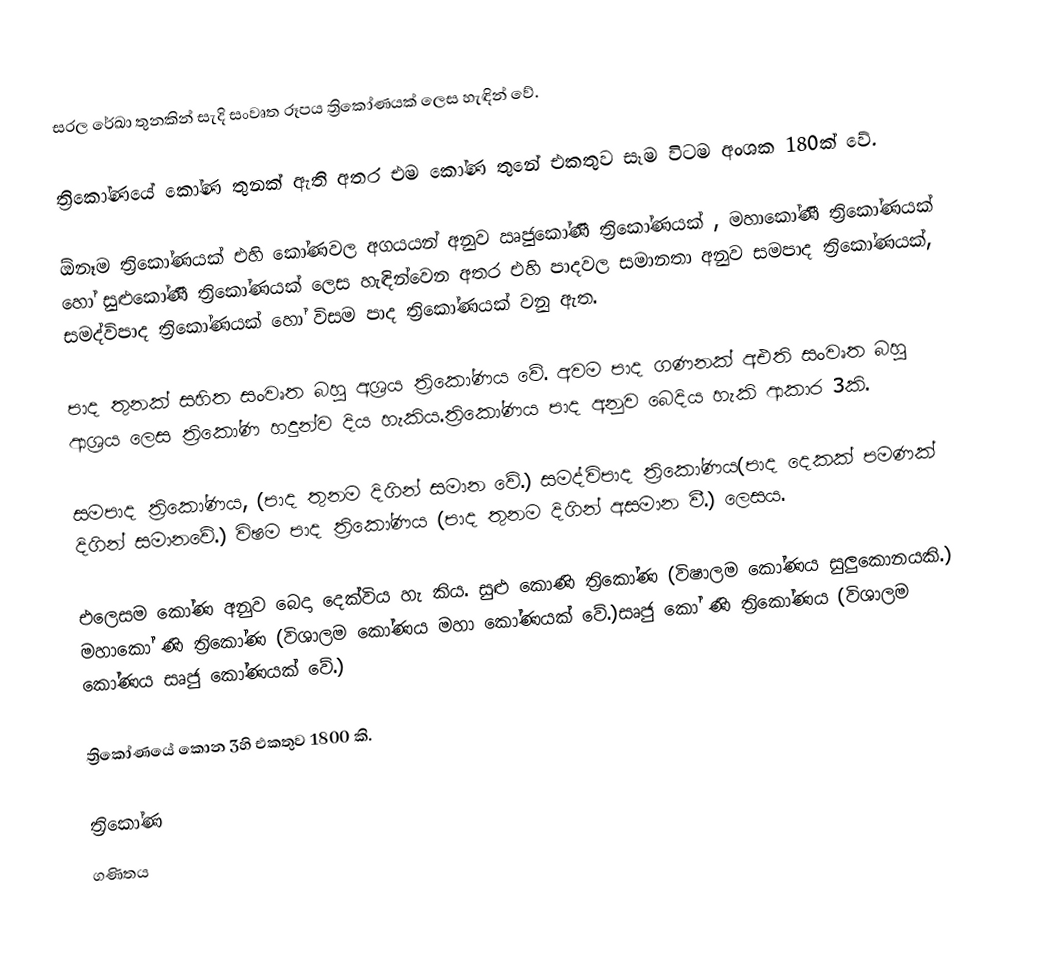
සරල රේඛා තුනකින් සැදි සංවෘත රූපය ත්‍රිකෝණයක් ලෙස හැඳින් වේ.

ත්‍රිකෝණයේ කෝණ තුනක් ඇති අතර එම කෝණ තුනේ එකතුව සෑම විටම අංශක 180ක් වේ.

ඕනෑම ත්‍රිකෝණයක් එහි කෝණවල අගයයන් අනුව ඍජුකෝණී ත්‍රිකෝණයක් , මහාකෝණී ත්‍රිකෝණයක් හෝ සුළුකෝණී ත්‍රිකෝණයක් ලෙස හැඳින්වෙන අතර එහි පාදවල සමානතා අනුව  සමපාද ත්‍රිකෝණයක්, සමද්විපාද ත්‍රිකෝණයක් හෝ විසම පාද ත්‍රිකෝණයක් වනු ඇත.

පාද තුනක් සහිත සංවෘත බහු අශ්‍රය ත්‍රිකෝණය වේ. අවම පාද ගණනක් අඑති සංවෘත බහු ආශ්‍රය ලෙස ත්‍රිකෝණ හදුන්ව දිය හැකිය.ත්‍රිකෝණය පාද අනුව බෙදිය හැකි ආකාර 3කි.

සමපාද  ත්‍රිකෝණය, (පාද තුනම දිගින් සමාන වේ.) සමද්විපාද  ත්‍රිකෝණය(පාද දෙකක් පමණක් දිගින් සමානවේ.) විෂම පාද ත්‍රිකෝණය (පාද තුනම දිගින් අසමාන වී.) ලෙසය.

එලෙසම  කෝණ අනුව  බෙදා දෙක්විය හැ කිය. සුළු කොණි ත්‍රිකෝණ (විෂාලම කෝණය සුලුකොනයකි.) මහාකෝ ණි ත්‍රිකෝණ (විශාලම කෝණය මහා කෝණයක් වේ.)සෘජු කෝ ණි ත්‍රිකෝණය (විශාලම කෝණය සෘජු කෝණයක් වේ.)

ත්‍රිකෝණයේ කොන 3හි එකතුව 1800 කි.

ත්‍රිකෝණ
ගණිතය